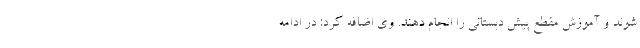
شوند و آموزش مقطع پیش دبستانی را انجام دهند. وی اضافه کرد: در ادامه